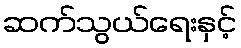
ဆက်သွယ်ရေးနှင့်